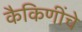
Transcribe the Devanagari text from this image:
कैकिणींचे